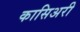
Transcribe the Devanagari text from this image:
कासिअरी